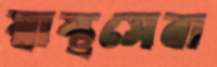
স্বাস্থসেবা